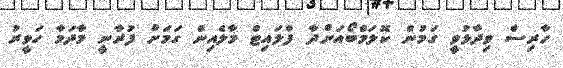
ހާރިސް ވިދާޅުވީ ގަމުން ކޮލަމްބޯއަށްދާ ފްލައިޓް މާލެއިން ގަމަށް ފުރާނީ މާދަމާ ހަވީރު